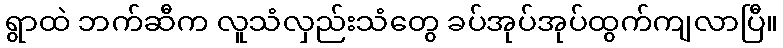
ရွာထဲ ဘက်ဆီက လူသံလှည်းသံတွေ ခပ်အုပ်အုပ်ထွက်ကျလာပြီ။